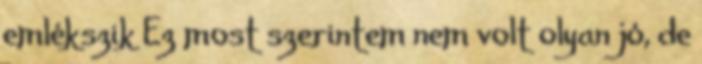
emlékszik Ez most szerintem nem volt olyan jó, de